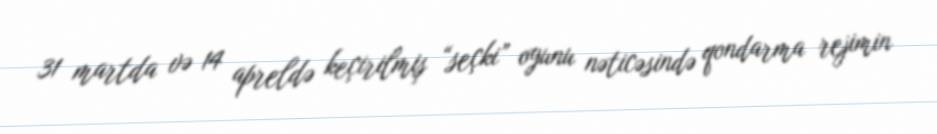
31 martda və 14 apreldə keçirilmiş “seçki” oyunu nəticəsində qondarma rejimin